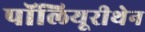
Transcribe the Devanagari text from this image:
पॉलियूरीथेन